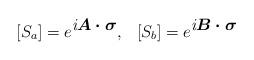
LaTeX: \begin{align*}[S_a]=e^{\mbox{\it i{\mathversion{bold}$A\cdot\sigma$}}},\hspace{3mm}[S_b]=e^{\mbox{\it i{\mathversion{bold}$B\cdot\sigma$}}}\end{align*}